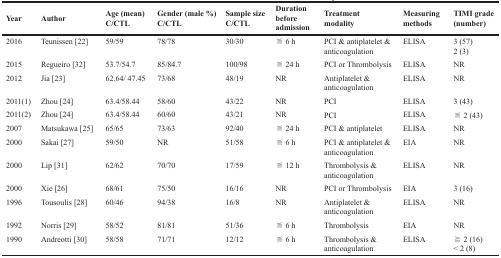
<table><thead><tr><td><b>Year</b></td><td><b>Author</b></td><td><b>Age (mean) C/CTL</b></td><td><b>Gender (male %) C/CTL</b></td><td><b>Sample size C/CTL</b></td><td><b>Duration before admission</b></td><td><b>Treatment modality</b></td><td><b>Measuring methods</b></td><td><b>TIMI grade (number)</b></td></tr></thead><tbody><tr><td>2016</td><td>Teunissen [22]</td><td>59/59</td><td>78/78</td><td>30/30</td><td>≦ 6 h</td><td>PCI &amp; antiplatelet &amp; anticoagulation</td><td>ELISA</td><td>3 (57)2 (3)</td></tr><tr><td>2015</td><td>Regueiro [32]</td><td>53.7/54.7</td><td>85/84.7</td><td>100/98</td><td>≦ 24 h</td><td>PCI or Thrombolysis</td><td>ELISA</td><td>NR</td></tr><tr><td>2012</td><td>Jia [23]</td><td>62.64/ 47.45</td><td>73/68</td><td>48/19</td><td>NR</td><td>Antiplatelet &amp; anticoagulation</td><td>ELISA</td><td>NR</td></tr><tr><td>2011(1)</td><td>Zhou [24]</td><td>63.4/58.44</td><td>58/60</td><td>43/22</td><td>NR</td><td>PCI</td><td>ELISA</td><td>3 (43)</td></tr><tr><td>2011(2)</td><td>Zhou [24]</td><td>63.4/58.44</td><td>60/60</td><td>43/21</td><td>NR</td><td>PCI</td><td>ELISA</td><td>≦ 2 (43)</td></tr><tr><td>2007</td><td>Matsukawa [25]</td><td>65/65</td><td>73/63</td><td>92/40</td><td>≦ 24 h</td><td>PCI &amp; antiplatelet</td><td>ELISA</td><td>NR</td></tr><tr><td>2000</td><td>Sakai [27]</td><td>59/50</td><td>NR</td><td>51/58</td><td>≦ 6 h</td><td>PCI &amp; antiplatelet &amp; anticoagulation</td><td>EIA</td><td>NR</td></tr><tr><td>2000</td><td>Lip [31]</td><td>62/62</td><td>70/70</td><td>17/59</td><td>≦ 12 h</td><td>Thrombolysis &amp; anticoagulation</td><td>ELISA</td><td>NR</td></tr><tr><td>2000</td><td>Xie [26]</td><td>68/61</td><td>75/50</td><td>16/16</td><td>NR</td><td>PCI or Thrombolysis</td><td>EIA</td><td>3 (16)</td></tr><tr><td>1996</td><td>Tousoulis [28]</td><td>60/46</td><td>94/38</td><td>16/8</td><td>NR</td><td>Antiplatelet &amp; anticoagulation</td><td>ELISA</td><td>NR</td></tr><tr><td>1992</td><td>Norris [29]</td><td>58/52</td><td>81/81</td><td>51/36</td><td>≦ 6 h</td><td>Thrombolysis</td><td>EIA</td><td>NR</td></tr><tr><td>1990</td><td>Andreotti [30]</td><td>58/58</td><td>71/71</td><td>12/12</td><td>≦ 6 h</td><td>Thrombolysis &amp; anticoagulation</td><td>ELISA</td><td>≧ 2 (16)&lt; 2 (8)</td></tr></tbody></table>